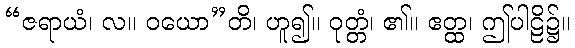
“ဇရာယံ၊ လ။ ဝယော”တိ၊ ဟူ၍။ ဝုတ္တံ၊ ၏။ ဧတ္ထ၊ ဤပါဠိ၌။